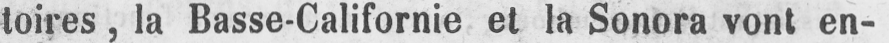
toires, la Basse-Californie et la Sonora vont en-